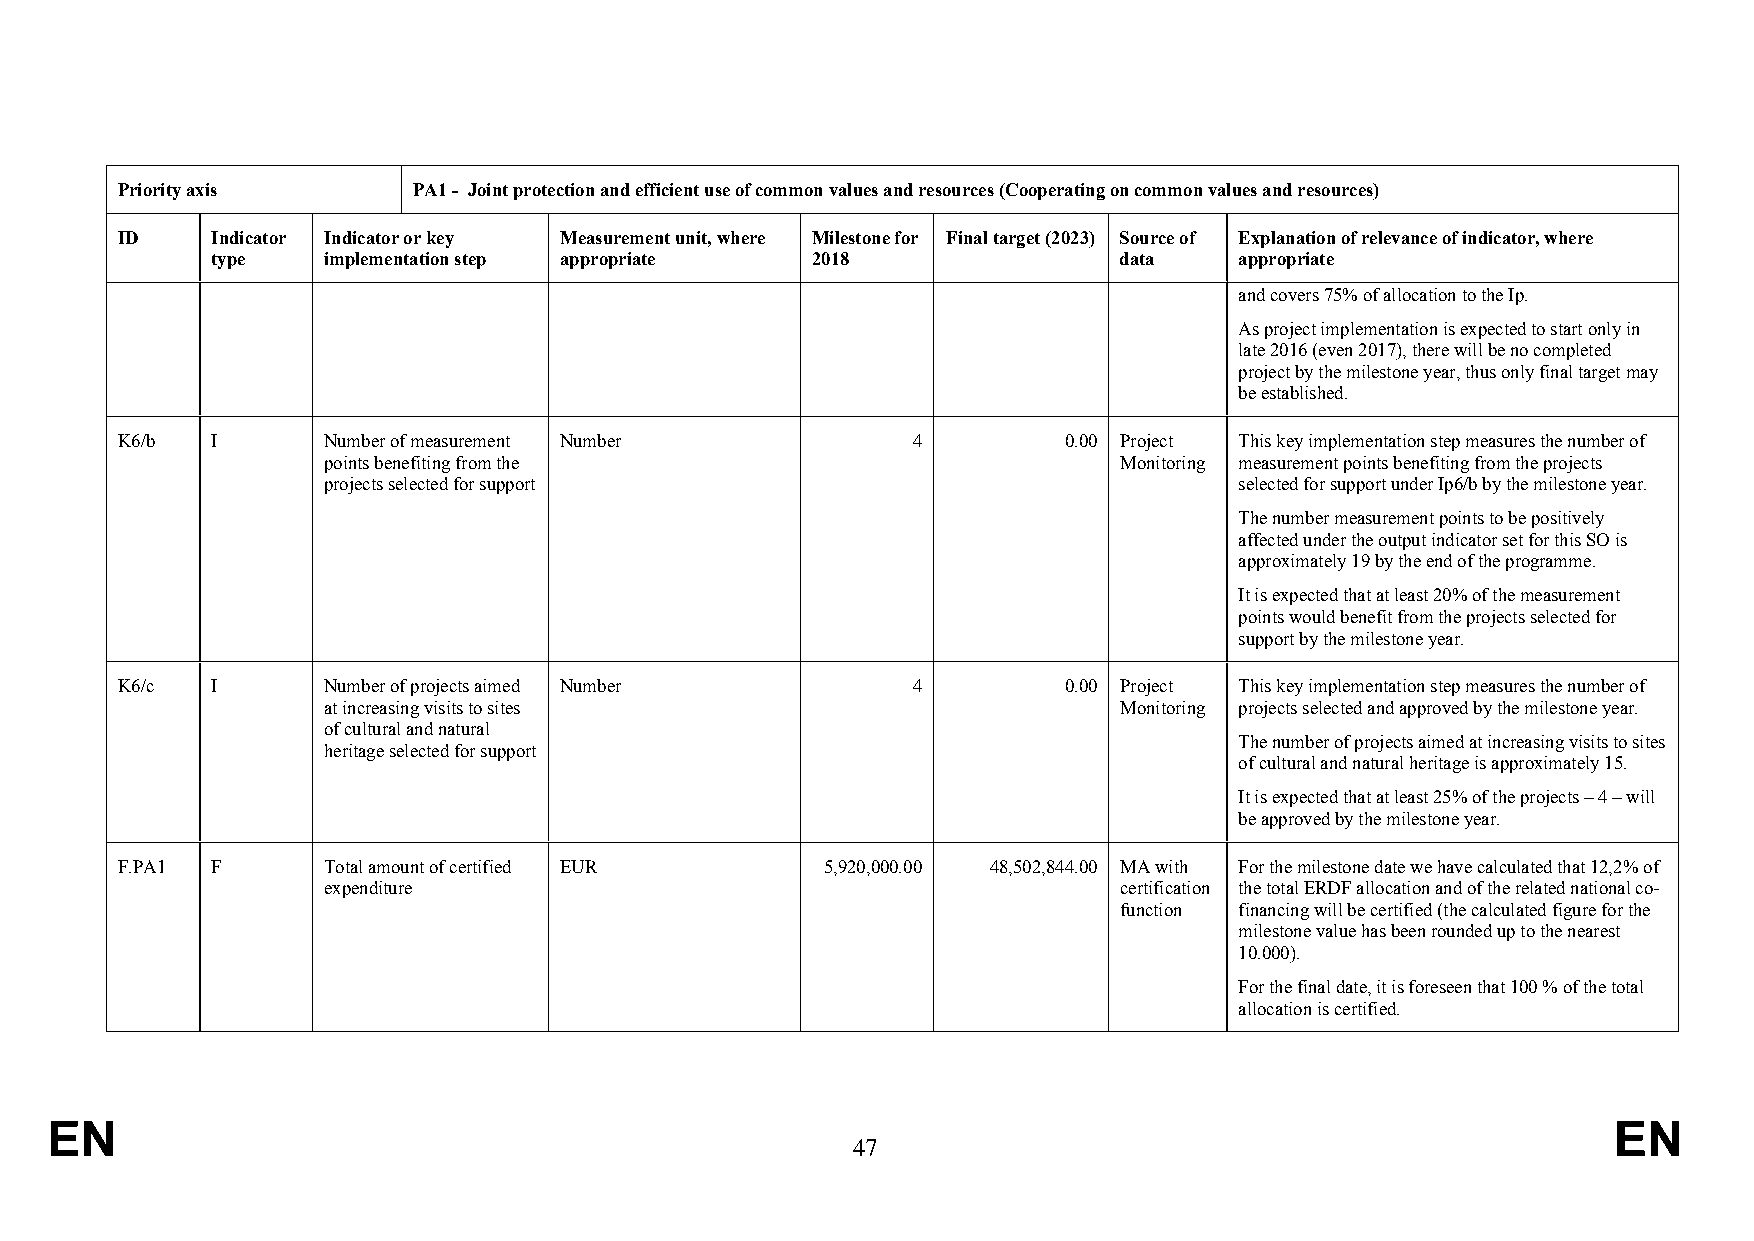
Priority axis      PA1 - Joint protection and efficient use of common values and resources (Cooperating on common values and resources)
 ID    Indicator Indicator or key Measurement unit, where Milestone for Final target (2023) Source of Explanation of relevance of indicator, where
 type   implementation step appropriate  2018                data    appropriate
 and covers 75% of allocation to the Ip.
 As project implementation is expected to start only in
 late 2016 (even 2017), there will be no completed
 project by the milestone year, thus only final target may
 be established.
 K6/b  I      Number of measurement Number           4         0.00 Project This key implementation step measures the number of
 points benefiting from the                           Monitoring measurement points benefiting from the projects
 projects selected for support                                selected for support under Ip6/b by the milestone year.
 The number measurement points to be positively
 affected under the output indicator set for this SO is
 approximately 19 by the end of the programme.
 It is expected that at least 20% of the measurement
 points would benefit from the projects selected for
 support by the milestone year.
 K6/c  I      Number of projects aimed Number        4         0.00 Project This key implementation step measures the number of
 at increasing visits to sites                        Monitoring projects selected and approved by the milestone year.
 of cultural and natural
 The number of projects aimed at increasing visits to sites
 heritage selected for support
 of cultural and natural heritage is approximately 15.
 It is expected that at least 25% of the projects – 4 – will
 be approved by the milestone year.
 F.PA1 F      Total amount of certified EUR     5,920,000.00 48,502,844.00 MA with For the milestone date we have calculated that 12,2% of
 expenditure                                          certification the total ERDF allocation and of the related national co-
 function financing will be certified (the calculated figure for the
 milestone value has been rounded up to the nearest
 10.000).
 For the final date, it is foreseen that 100 % of the total
 allocation is certified.
 EN                                                                                                      EN
 47